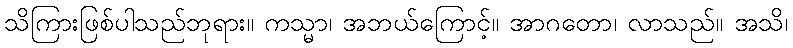
သိကြားဖြစ်ပါသည်ဘုရား။ ကသ္မာ၊ အဘယ်ကြောင့်။ အာဂတော၊ လာသည်။ အသိ၊